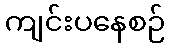
ကျင်းပနေစဉ်